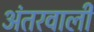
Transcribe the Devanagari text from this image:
अंतरवाली